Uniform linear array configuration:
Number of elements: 64
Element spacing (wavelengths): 1
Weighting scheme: binomial
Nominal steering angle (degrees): -60
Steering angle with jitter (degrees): -58.454
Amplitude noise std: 0.05
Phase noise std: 0.05

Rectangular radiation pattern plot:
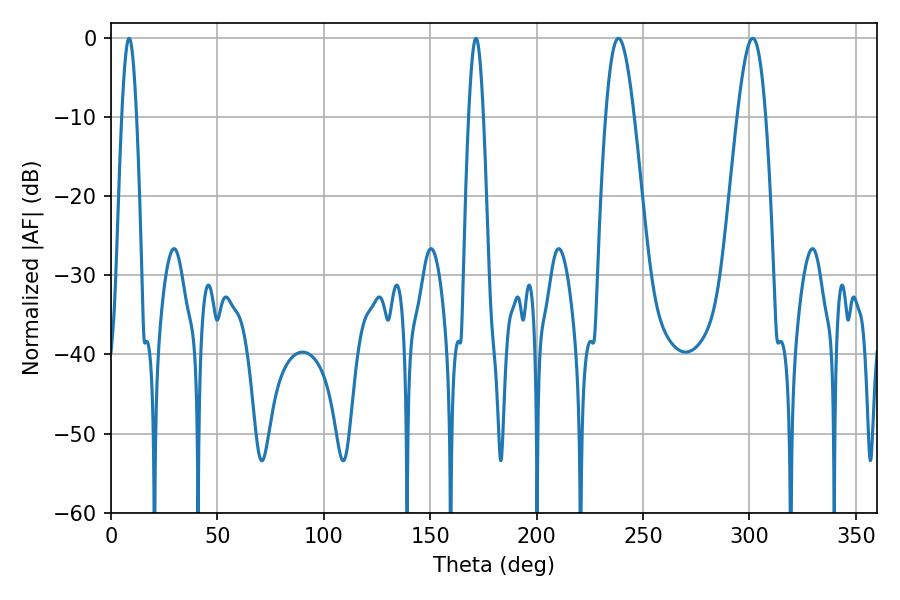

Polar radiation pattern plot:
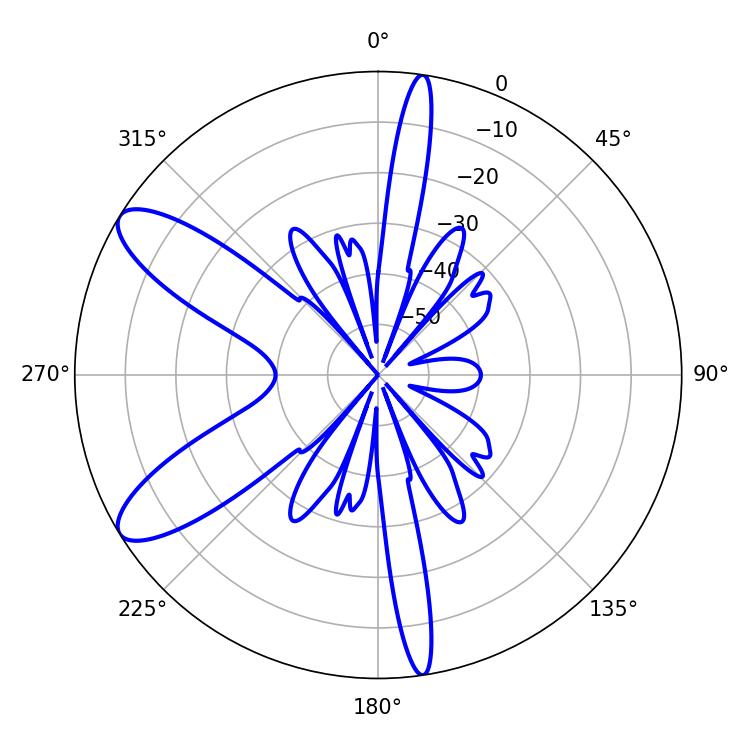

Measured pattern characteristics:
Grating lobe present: TRUE
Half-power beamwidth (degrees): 7.2
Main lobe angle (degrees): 238.5